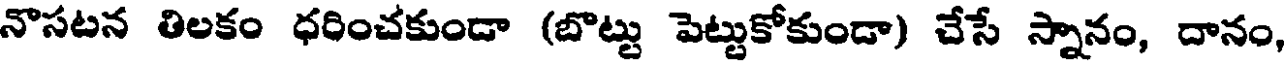
నొసటన తిలకం ధరించకుండా (బొట్టు పెట్టుకోకుండా) చేసే స్నానం, దానం,